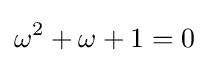
\omega ^{2}+\omega +1=0